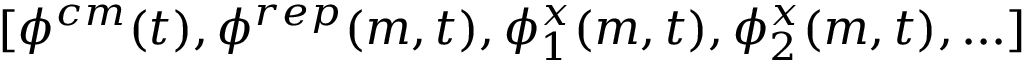
[ \phi ^ { c m } ( t ) , \phi ^ { r e p } ( m , t ) , \phi _ { 1 } ^ { x } ( m , t ) , \phi _ { 2 } ^ { x } ( m , t ) , . . . ]